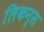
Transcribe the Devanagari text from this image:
लिकन्स